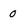
Character: 0